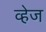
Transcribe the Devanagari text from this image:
व्हेज